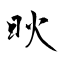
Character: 炚